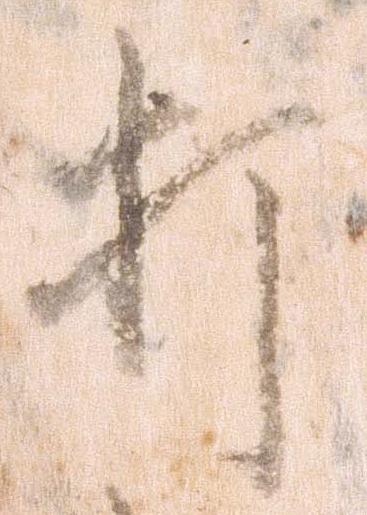
打